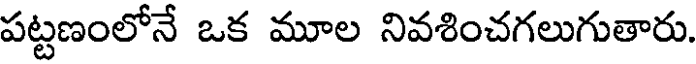
పట్టణంలోనే ఒక మూల నివశించగలుగుతారు.